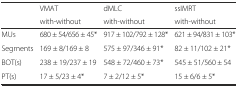
<table><thead><tr><td rowspan="2"></td><td><b>VMAT</b></td><td><b>dMLC</b></td><td><b>ssIMRT</b></td></tr><tr><td><b>with-without</b></td><td><b>with-without</b></td><td><b>with-without</b></td></tr></thead><tbody><tr><td>MUs</td><td>680 ± 54/656 ± 45*</td><td>917 ± 102/792 ± 128*</td><td>621 ± 94/831 ± 103*</td></tr><tr><td>Segments</td><td>169 ± 8/169 ± 8</td><td>575 ± 97/346 ± 91*</td><td>82 ± 11/102 ± 21*</td></tr><tr><td>BOT(s)</td><td>238 ± 19/237 ± 19</td><td>548 ± 72/460 ± 73*</td><td>545 ± 51/560 ± 54</td></tr><tr><td>PT(s)</td><td>17 ± 5/23 ± 4*</td><td>7 ± 2/12 ± 5*</td><td>15 ± 6/6 ± 5*</td></tr></tbody></table>